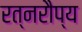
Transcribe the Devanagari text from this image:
रत्नरौप्य